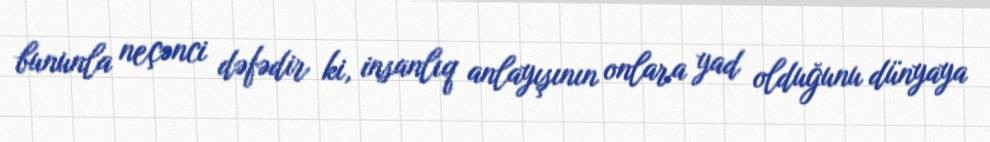
bununla neçənci dəfədir ki, insanlıq anlayışının onlara yad olduğunu dünyaya